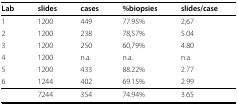
<table><thead><tr><td><b>Lab</b></td><td><b>slides</b></td><td><b>cases</b></td><td><b>%biopsies</b></td><td><b>slides/case</b></td></tr></thead><tbody><tr><td>1</td><td>1200</td><td>449</td><td>77.95%</td><td>2,67</td></tr><tr><td>2</td><td>1200</td><td>238</td><td>78,57%</td><td>5.04</td></tr><tr><td>3</td><td>1200</td><td>250</td><td>60,79%</td><td>4.80</td></tr><tr><td>4</td><td>1200</td><td>n.a.</td><td>n.a.</td><td>n.a.</td></tr><tr><td>5</td><td>1200</td><td>433</td><td>88.22%</td><td>2.77</td></tr><tr><td>6</td><td>1244</td><td>402</td><td>69.15%</td><td>2.99</td></tr><tr><td></td><td>7244</td><td>354</td><td>74.94%</td><td>3.65</td></tr></tbody></table>